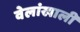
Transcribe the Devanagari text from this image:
वेलांखाली